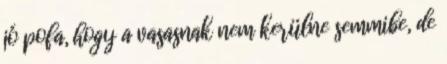
jó pofa, hogy a vasasnak nem kerülne semmibe, de